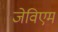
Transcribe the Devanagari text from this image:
जेविएम